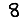
Digit: 8